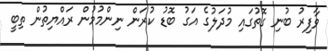
ވާފިރު ބުނި ގޮތުގައި މުދަލުގެ އަގު ބޮޑު ކުރަން ނިންމުމުން ރައްޔިތުން ތިބީ